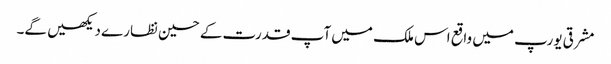
مشرقی یورپ میں واقع اس ملک میں آپ قدرت کے حسین نظارے دیکھیں گے۔